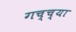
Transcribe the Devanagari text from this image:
गच्च्या